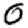
Digit: 0